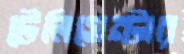
টেলিসেন্টার